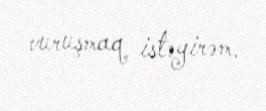
vuruşmaq istəyirəm.